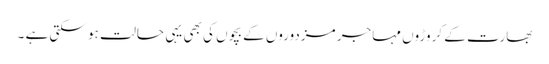
بھارت کے کروڑوں مہاجر مزدوروں کے بچوں کی بھی یہی حالت ہو سکتی ہے ۔